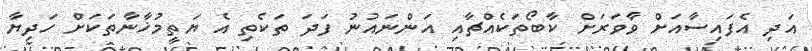
އަދި އެފައިސާއަށް ވާވަރަށް ކާބޯތަކެއްޗާއި އަންނައުނު ފަދަ ތަކެތި އެ ޔަތީމުޚާނާތަކަށް ހަދިޔާ